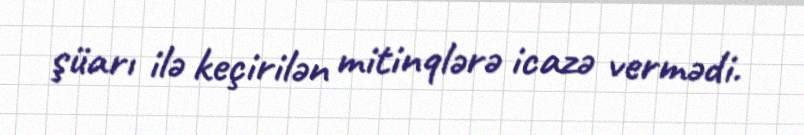
şüarı ilə keçirilən mitinqlərə icazə vermədi.